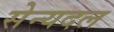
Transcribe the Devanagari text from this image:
सेन्यदल